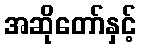
အဆိုတော်နှင့်